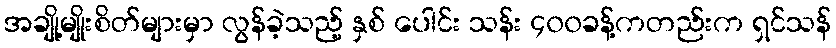
အချို့မျိုးစိတ်များမှာ လွန်ခဲ့သည့် နှစ် ပေါင်း သန်း ၄၀၀ခန့်ကတည်းက ရှင်သန်